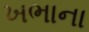
ખભાના